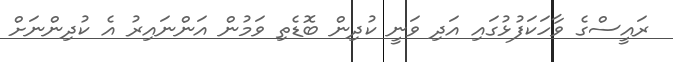
ރައީސްގެ ވާހަކަފުޅުގައި އަދި ވަނީ ކުދިން ބޮޑެތި ވަމުން އަންނައިރު އެ ކުދިންނަށް